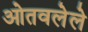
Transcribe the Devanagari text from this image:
ओतवलेले